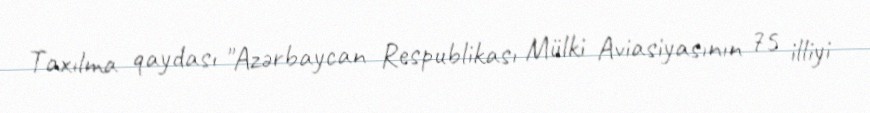
Taxılma qaydası "Azərbaycan Respublikası Mülki Aviasiyasının 75 illiyi